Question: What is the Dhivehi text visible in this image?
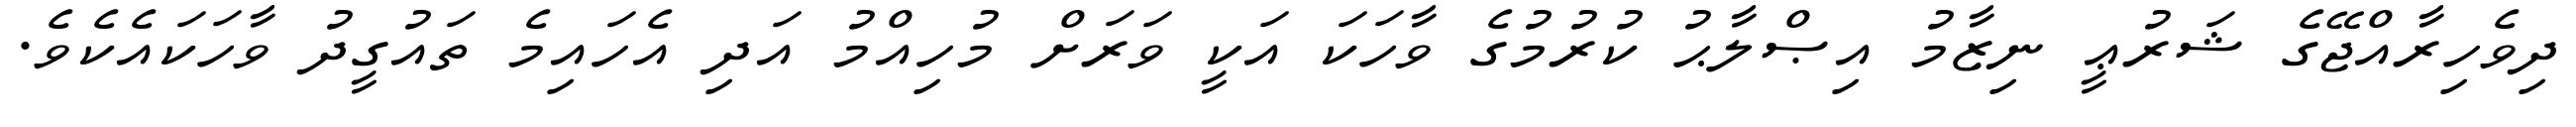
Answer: ދިވެހިރާއްޖޭގެ ޝަރުޢީ ނިޒާމު އިޞްލާޙު ކުރުމުގެ ވާހަކަ އަކީ ވަރަށް މުހިއްމު އަދި އެހައިމެ ތައުގީދު ވާހަކައެކެވެ.